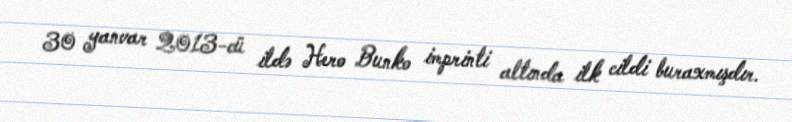
30 yanvar 2013-cü ildə Hero Bunko imprinti altında ilk cildi buraxmışdır.